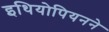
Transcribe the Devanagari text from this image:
इथियोपियनने